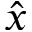
\hat { x }